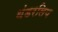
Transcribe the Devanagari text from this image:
थंडरलिप